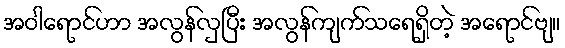
အဝါရောင်ဟာ အလွန်လှပြီး အလွန်ကျက်သရေရှိတဲ့ အရောင်ဗျ။